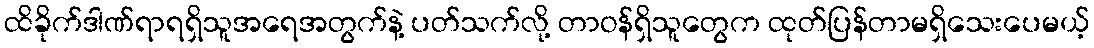
ထိခိုက်ဒါဏ်ရာရရှိသူအရေအတွက်နဲ့ ပတ်သက်လို့ တာဝန်ရှိသူတွေက ထုတ်ပြန်တာမရှိသေးပေမယ့်